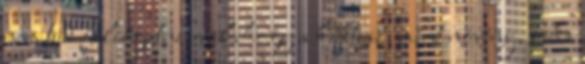
nem tud felizgatni, valahogy a kaktusz, mint növény, soha